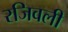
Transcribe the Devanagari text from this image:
रजिवली